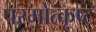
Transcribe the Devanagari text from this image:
परमोत्कृष्ट